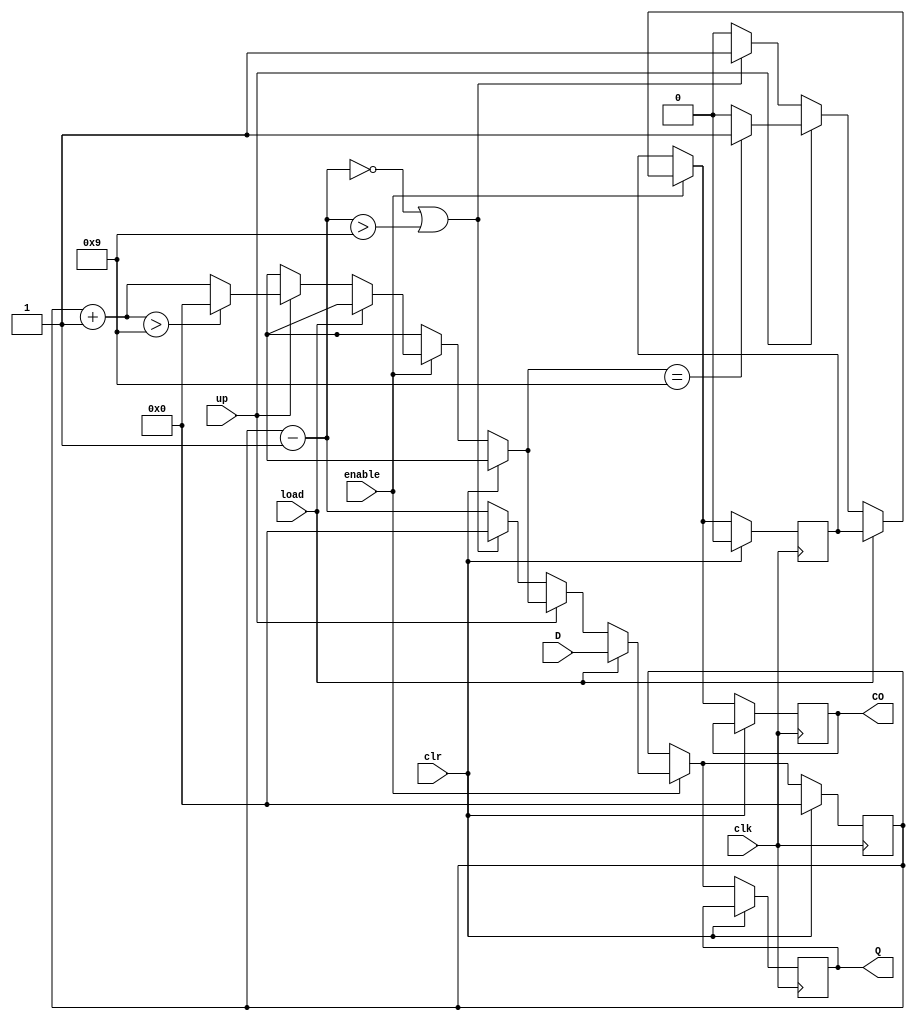
`timescale 1ns / 1ps
//////////////////////////////////////////////////////////////////////////////////
// Company: 
// 
// Design Name: 
// Module Name: BCD_Counter
// Project Name: COMPE-470L LAB 1
// Target Devices: 
// Tool Versions: 
// Description: 
// 
// Dependencies: 
// 
// Revision:
// Revision 0.01 - File Created
// Additional Comments:
// 
//////////////////////////////////////////////////////////////////////////////////


module BCD_Counter(input clk, input enable, input load, input clr, input up, input [3:0] D, output reg CO, output reg [3:0] Q);

reg[3:0] count; // counter
reg c; // // carry 

always @ (posedge clk) begin
    if (clr == 1'b1) begin 
        count = 0;
        c = 0;
     end
     else begin
        if (enable == 1'b1) begin // if load and enable is 1, the counter will load D which is the last digit of my red ID 
            if (load == 1'b1) count = D;
            else begin
                if (up == 1'b1) begin // if up is 1, it will increment the counter 
                    count = count + 1;
                    if (count > 9) count = 0; // if counter is greater then 9, then counter is 0 
                    if (count == 9) c = 1'b1; /// if equal to 9, the carry output will be 1 
                    else c = 1'b0; // else it will be 0
             end
             else begin
                count = count - 1; // it will then decrement the counter 
                if ((count == 0) || (count > 9)) begin
                    count = 0;
                    c = 1'b1;
               end 
               else c = 1'b0;
           end
           end
        end
        CO = c; // assigns the counter with register 
        Q = count; //assigns the output Q with the counter since it is incremeting or decrementing 
      end
    end
endmodule